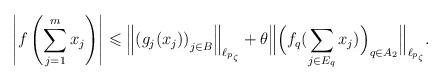
LaTeX: \begin{align*}\left|f\left(\sum_{j=1}^m x_j\right)\right| \leqslant \left\|\left(g_j(x_j)\right)_{j\in B}\right\|_{\ell_{p_{\zeta}}} + \theta\Big\|\Big(f_q(\sum_{j\in E_q}x_j)\Big)_{q\in A_2}\Big\|_{\ell_{p_{\zeta}}}.\end{align*}